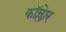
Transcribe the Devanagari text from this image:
कॉम्लेार